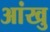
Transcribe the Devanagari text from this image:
आंखु